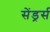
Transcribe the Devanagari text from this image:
सेंड्रर्स